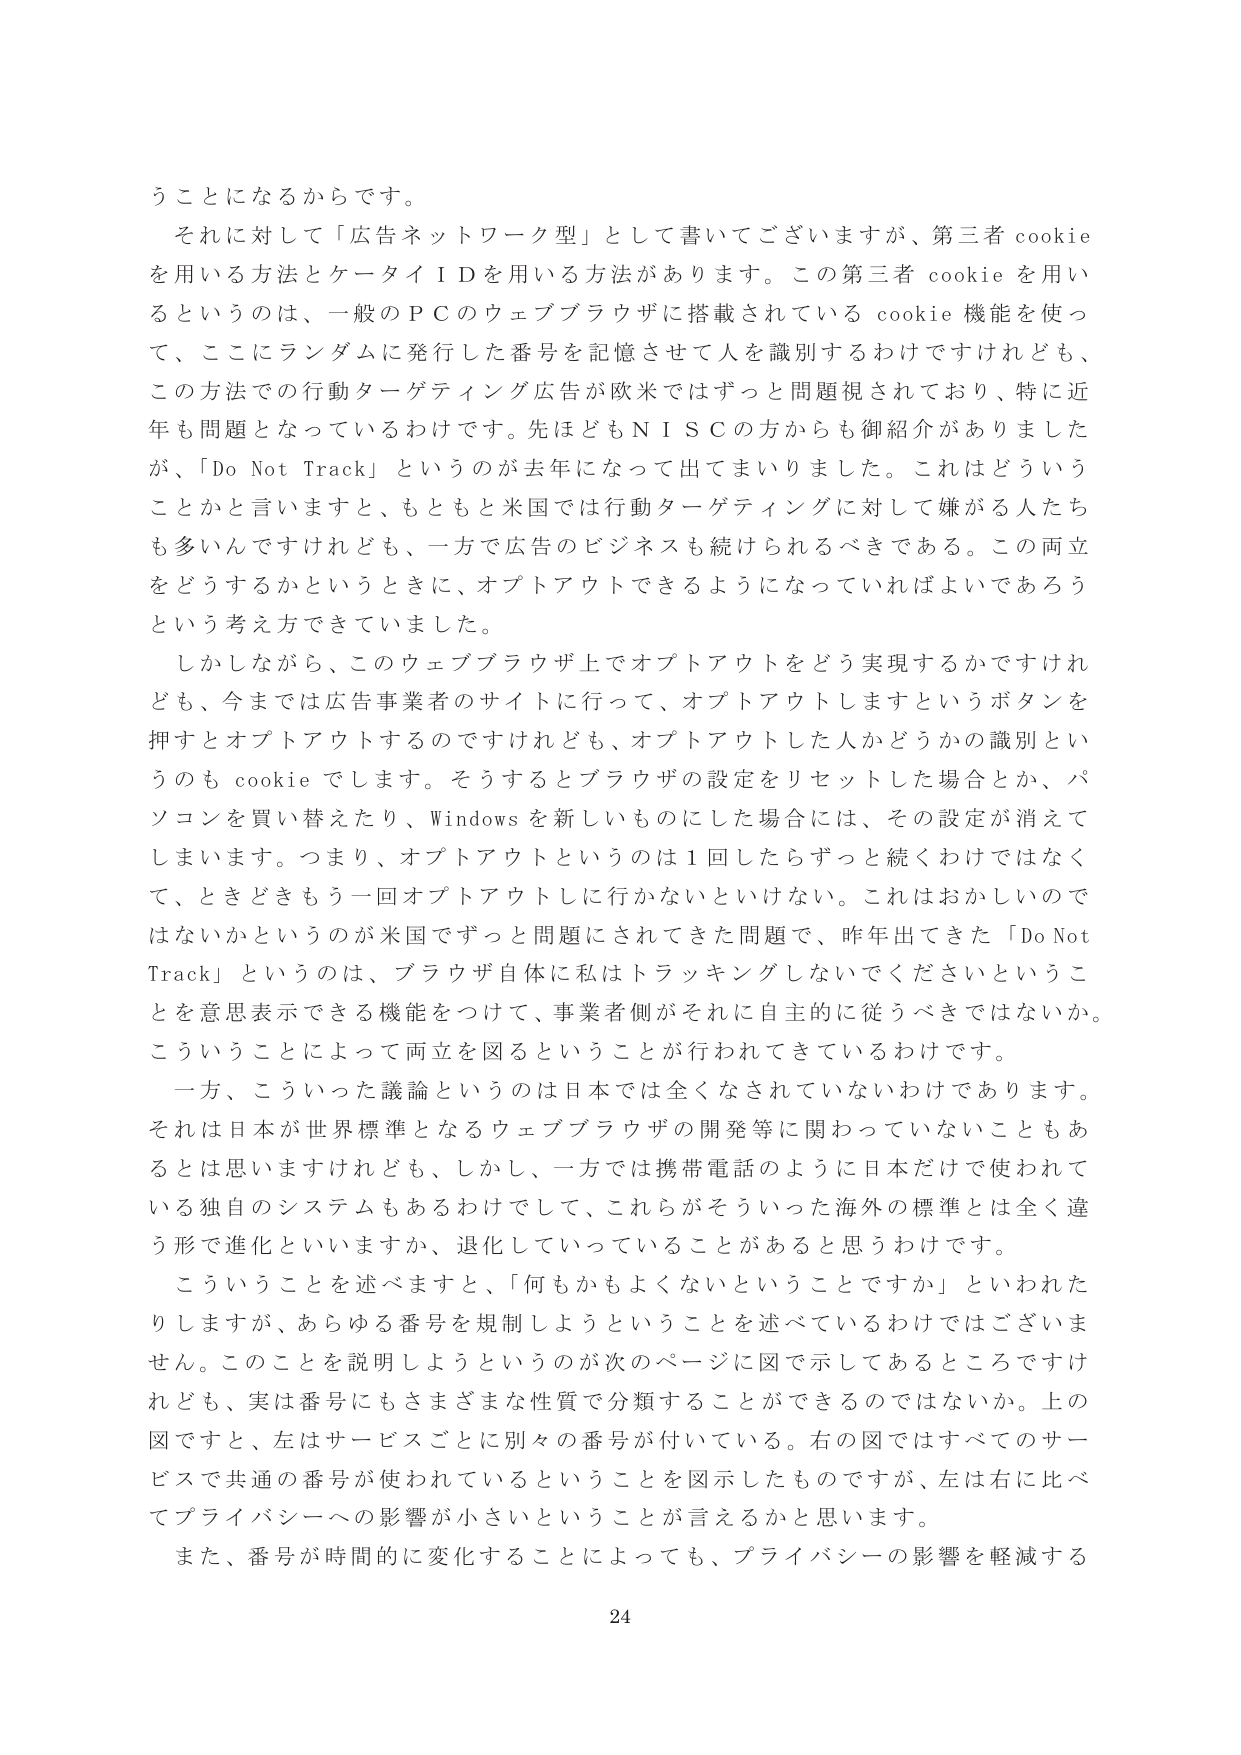
うことになるからです。
それに対して「広告ネットワーク型」として書いてございますが、第三者 cookie を用いる方法とケータイＩＤを用いる方法があります。この第三者 cookie を用いるというのは、一般のＰＣのウェブブラウザに搭載されている cookie 機能を使って、ここにランダムに発行した番号を記憶させて人を識別するわけですけれども、この方法での行動ターゲティング広告が欧米ではずっと問題視されており、特に近年も問題となっているわけです。先ほどもＮＩＳＣの方からも御紹介がありました が、「Do Not Track」というのが去年になって出てまいりました。これはどういうことかと言いますと、もともと米国では行動ターゲティングに対して嫌がる人たちも多いためですけれども、一方で広告のビジネスも続けられるべきである。この両立をどうするかというときに、オプトアウトできるようになっていればよいであろうという考え方できていました。
しかしながら、このウェブブラウザ上でオプトアウトをどう実現するかですけれども、今までは広告事業者のサイトに行って、オプトアウトしますというボタンを押すとオプトアウトするのですけれども、オプトアウトした人かどうかの識別というのも cookie でします。そうするとブラウザの設定をリセットした場合とか、パソコンを買い替えたり、Windows を新しいものにした場合には、その設定が消えてしまいます。つまり、オプトアウトというのは１回したらずっと続くわけではなくて、ときどきもう一回オプトアウトしに行かないといけない。これはおかしいのではないかというのが米国でずっと問題にされてきた問題で、昨年出てきた「Do Not Track」というのは、ブラウザ自体に私はトラッキングしないでくださいということを意思表示できる機能をつけて、事業者側がそれに自主的に従うべきではないか。こういうことによって両立を図るということが行われてきているわけです。
一方、こういった議論というのは日本では全くなされていないわけあります。それは日本が世界標準となるウェブブラウザの開発等に関わっていないこともあるとは思いますけれども、しかし、一方では携帯電話のように日本だけで使われている独自のシステムもあるわけであって、これらがそういった海外の標準とは全く違う形で進化といいますか、退化していっていることがあると思うわけです。
こういうことを述べますと、「何もかもよくないということですか」といわれたりしますが、あらゆる番号を規制しようということを述べているわけではありません。このことを説明しようというのが次のページに図で示してあるところですけれども、実は番号にもさまざまな性質で分類することができるのではないか。上の図ですと、左はサービスごとに別々の番号が付いている。右の図ではすべてのサービスで共通の番号が使われているということを図示したものですが、左は右に比べてプライバシーへの影響が小さいということが言えるかと思います。
また、番号が時間的に変化することによっても、プライバシーの影響を軽減する
24